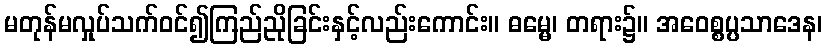
မတုန်မလှုပ်သက်ဝင်၍ကြည်ညိုခြင်းနှင့်လည်းကောင်း။ ဓမ္မေ၊ တရား၌။ အဝေစ္စပ္ပသာဒေန၊